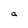
Character: a